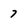
Character: 7